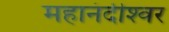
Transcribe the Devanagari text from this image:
महानंदीश्‍वर